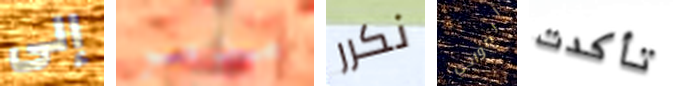
إلى مدمر نكرر الضواحي تأكدت